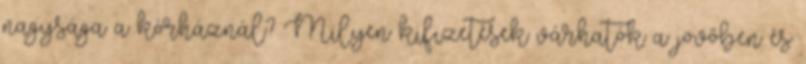
nagysága a kórháznál? Milyen kifizetések várhatók a jövőben és